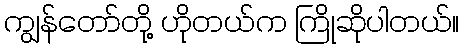
ကျွန်တော်တို့ ဟိုတယ်က ကြိုဆိုပါတယ်။